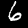
Label: 6